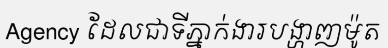
Agency ដែលជាទីភ្នាក់ងារបង្ហាញម៉ូត